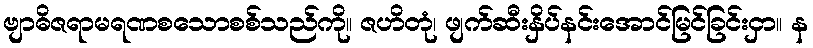
ဗျာဓိဇရာမရဏစသောစစ်သည်ကို။ ဇဟိတုံ၊ ဖျက်ဆီးနှိပ်နင်းအောင်မြင်ခြင်းငှာ။ န